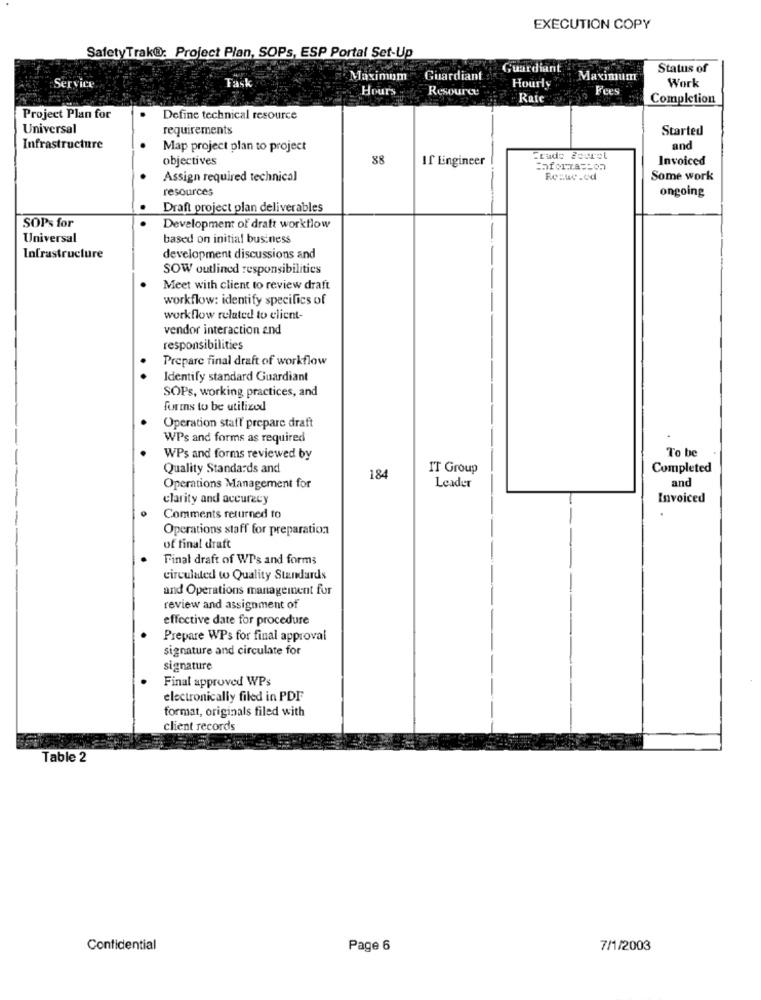
EXECUTION COPY
SafetyTrak@: Project Plan, SOPs, ESP Portal Set-Up
Guardiant
Status of
Service
Task
Maximum
Guardiant
MaximumT
Hours
Resource
Hourly
Fees
Work
Raic
Completion
Project Plan for
Define technical resource
Universal
requirements
Started
Infrastructure
Map project plan to project
and
objectives
88
If Lingineer
Invoiced
Enforza == on
Assign required technical
Reaue.cd
Some work
resources
ongoing
Draft project plan deliverables
SOPs for
Development of draft workflow
Universal
based on initial business
Infrastructure
development discussions and
SOW outlined responsibilities
Meet with client to review draft
workflow: identify specifics of
workflow related to client-
vendor interaction and
responsibilities
Prepare final draft of workflow
Identify standard Guardiant
SOPs, working practices, and
forms to be utilized
Operation staff prepare draft
WPs and forms as required
To be
WPs and forms reviewed by
Quality Standards and
IT Group
Completed
184
and
Operations Management for
Leader
clarity and accuracy
Invoiced
Comments returned to
Operations staff for preparation
of final draft
Final draft of WTs and forms
circulated to Quality Standards
and Operations management for
review and assignment of
effective date for procedure
Prepare WPs for final approval
signature and circulate for
signature
Final approved WPs
electronically filed in PDF
format, originals filed with
client records
Table 2
Confidential
Page 6
7/1/2003